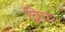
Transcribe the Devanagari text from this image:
ब्रिया